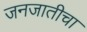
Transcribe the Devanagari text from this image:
जनजातीचा